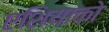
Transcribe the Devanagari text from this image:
एशियाको